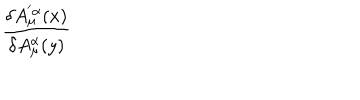
\frac { \delta A _ { \mu } ^ { ' \alpha } ( x ) } { \delta A _ { \mu } ^ { \alpha } ( y ) }